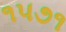
૧૫૭૧